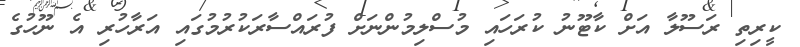
ކީރިތި ރަސޫލާ އަށް ކާޓޫނު ކުރަހައި މުސްލިމުންނަށް ފުރައްސާރަކުރުމުގައި އަރާހުރި އެ ނޫހުގެ